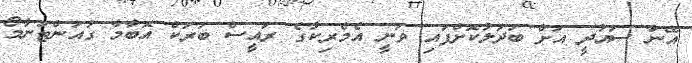
އޭނާ ސައުދީ އަށް ބަދަލުކޮށްފައި ވަނީ އެމެރިކާގެ ރައީސް ބަރަކް އޮބާމާ ގުއަންޓަނާމޯ